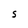
Character: S